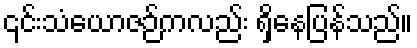
၎င်းသံယောဇဉ်ကလည်း ရှိနေပြန်သည်။